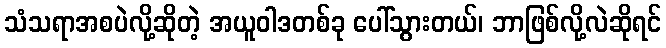
သံသရာအစပဲလို့ဆိုတဲ့ အယူဝါဒတစ်ခု ပေါ်သွားတယ်၊ ဘာဖြစ်လို့လဲဆိုရင်